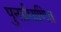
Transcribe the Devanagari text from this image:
पुनर्प्रमाणित